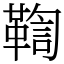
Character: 鞫